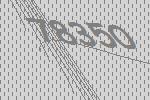
78350